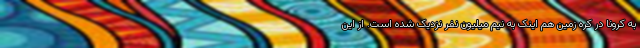
به کرونا در کره زمین هم اینک به نیم میلیون نفر نزدیک شده است. از این